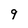
Character: 9